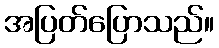
အပြတ်ပြောသည်။